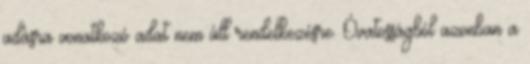
adásra vonatkozó adat nem áll rendelkezésre. Óvatosságból azonban a